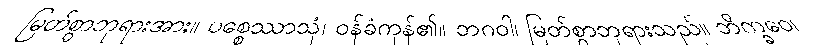
မြတ်စွာဘုရားအား။ ပစ္စေဿာသုံ၊ ဝန်ခံကုန်၏။ ဘဂဝါ၊ မြတ်စွာဘုရားသည်။ ဘိက္ခဝေ၊